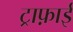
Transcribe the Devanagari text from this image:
ट्राफ़ाई